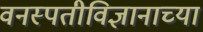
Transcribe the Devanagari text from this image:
वनस्पतीविज्ञानाच्या